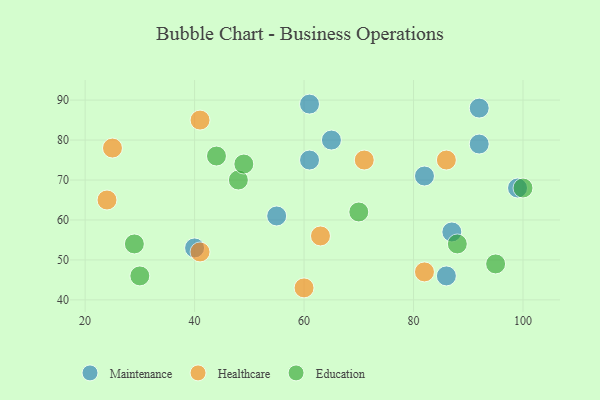
{"axis": {"x": "GDP", "y": "Life Expectancy"}, "legend": ["Education", "Healthcare", "Maintenance"], "data": [{"x": "61", "y": 89, "type": "Maintenance"}, {"x": "99", "y": 68, "type": "Maintenance"}, {"x": "86", "y": 46, "type": "Maintenance"}, {"x": "92", "y": 88, "type": "Maintenance"}, {"x": "40", "y": 53, "type": "Maintenance"}, {"x": "87", "y": 57, "type": "Maintenance"}, {"x": "61", "y": 75, "type": "Maintenance"}, {"x": "55", "y": 61, "type": "Maintenance"}, {"x": "65", "y": 80, "type": "Maintenance"}, {"x": "92", "y": 79, "type": "Maintenance"}, {"x": "82", "y": 71, "type": "Maintenance"}, {"x": "25", "y": 78, "type": "Healthcare"}, {"x": "41", "y": 52, "type": "Healthcare"}, {"x": "41", "y": 85, "type": "Healthcare"}, {"x": "60", "y": 43, "type": "Healthcare"}, {"x": "86", "y": 75, "type": "Healthcare"}, {"x": "63", "y": 56, "type": "Healthcare"}, {"x": "82", "y": 47, "type": "Healthcare"}, {"x": "71", "y": 75, "type": "Healthcare"}, {"x": "24", "y": 65, "type": "Healthcare"}, {"x": "95", "y": 49, "type": "Education"}, {"x": "48", "y": 70, "type": "Education"}, {"x": "88", "y": 54, "type": "Education"}, {"x": "100", "y": 68, "type": "Education"}, {"x": "29", "y": 54, "type": "Education"}, {"x": "49", "y": 74, "type": "Education"}, {"x": "70", "y": 62, "type": "Education"}, {"x": "30", "y": 46, "type": "Education"}, {"x": "44", "y": 76, "type": "Education"}]}